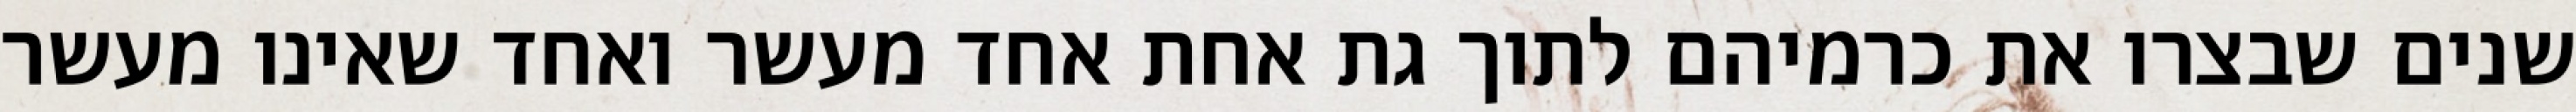
שנים שבצרו את כרמיהם לתוך גת אחת אחד מעשר ואחד שאינו מעשר